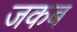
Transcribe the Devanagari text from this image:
जकब